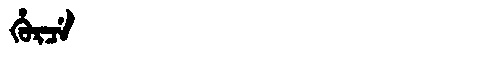
Manchu: ᡥᡠᡵᠴᡝ
Romanization: HURCE